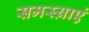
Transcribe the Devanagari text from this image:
समस्य़ाएं